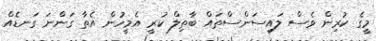
މީގެ ކުރިން ވެސް ލައިސަންސްތައް ބާތިލް ކުރީ އެމީހުން އެތާ ގަންނަ ގަނޑެއް